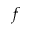
f